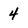
Character: 4